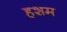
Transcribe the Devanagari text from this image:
हशम